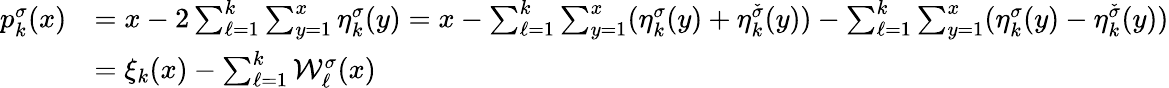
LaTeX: \begin{array}{rl}{p_{k}^{\sigma}(x)}&{=x-2\sum_{\ell=1}^{k}\sum_{y=1}^{x}\eta_{k}^{\sigma}(y)=x-\sum_{\ell=1}^{k}\sum_{y=1}^{x}(\eta_{k}^{\sigma}(y)+\eta_{k}^{\check{\sigma}}(y))-\sum_{\ell=1}^{k}\sum_{y=1}^{x}(\eta_{k}^{\sigma}(y)-\eta_{k}^{\check{\sigma}}(y))}\\ &{=\xi_{k}(x)-\sum_{\ell=1}^{k}\mathcal{W}_{\ell}^{\sigma}(x)}\end{array}